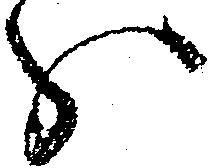
分